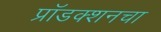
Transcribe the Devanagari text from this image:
प्रॉडक्शनचा